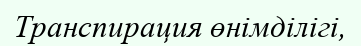
Транспирация өнімділігі,